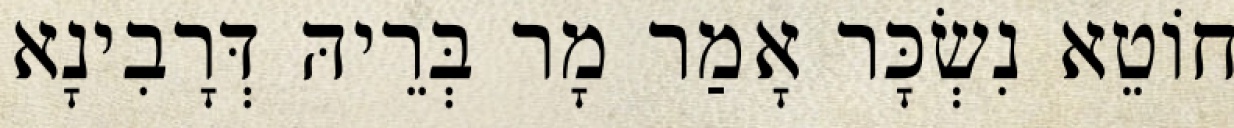
חוֹטֵא נִשְׂכָּר אָמַר מָר בְּרֵיהּ דְּרָבִינָא